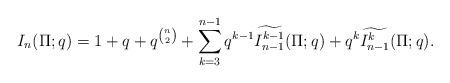
LaTeX: \begin{align*}I_n(\Pi;q) = 1 + q + q^{\binom{n}{2}}+\sum_{k=3}^{n-1}{q^{k-1}\widetilde{I_{n-1}^{k-1}}(\Pi;q) + q^k \widetilde{I_{n-1}^k}(\Pi;q)}.\end{align*}